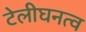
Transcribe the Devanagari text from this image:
टेलीघनत्व